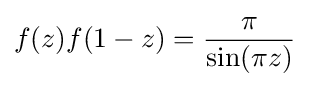
f(z)f(1-z)={\pi  \over \sin(\pi z)}